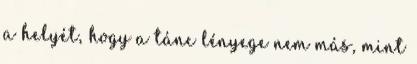
a helyét, hogy a tánc lényege nem más, mint